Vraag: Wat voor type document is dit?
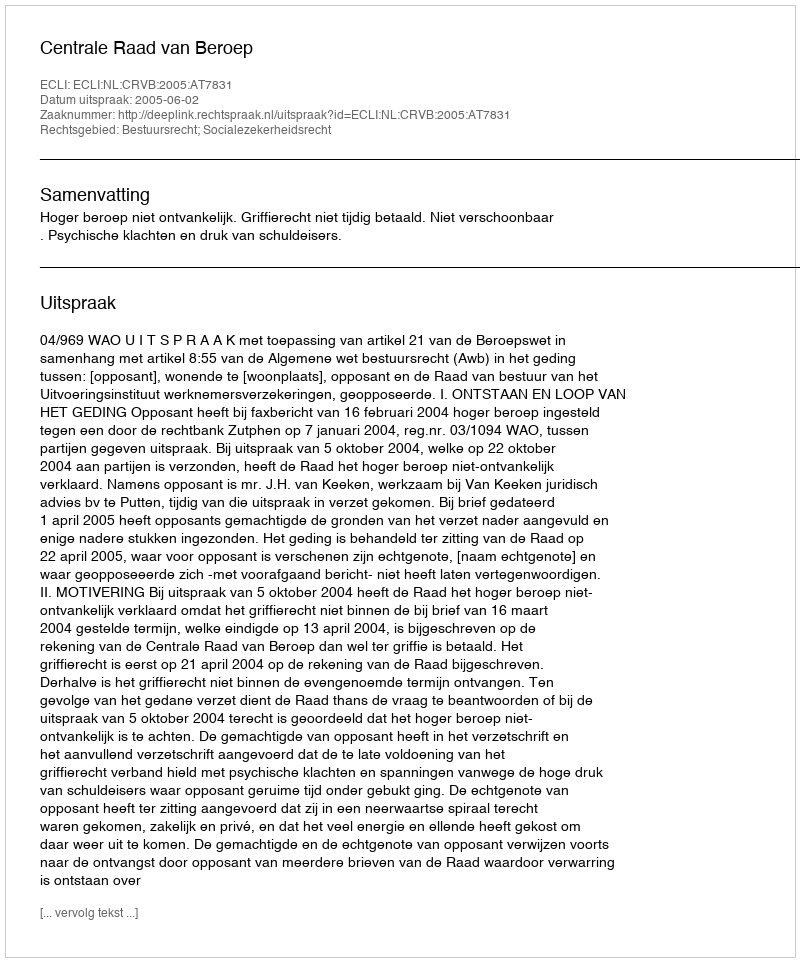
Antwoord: Uitspraak